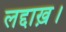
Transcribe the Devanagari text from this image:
लद्दाख़।